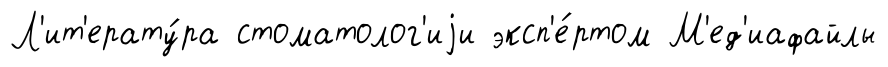
Л'ит'ерату́ра стоматолог'иjи эксп'е́ртом М'ед'иафайлы